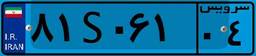
۸۱S۰۶۱۰۴